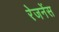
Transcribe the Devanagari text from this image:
रेजनेंस